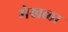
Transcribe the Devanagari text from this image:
मेखळा